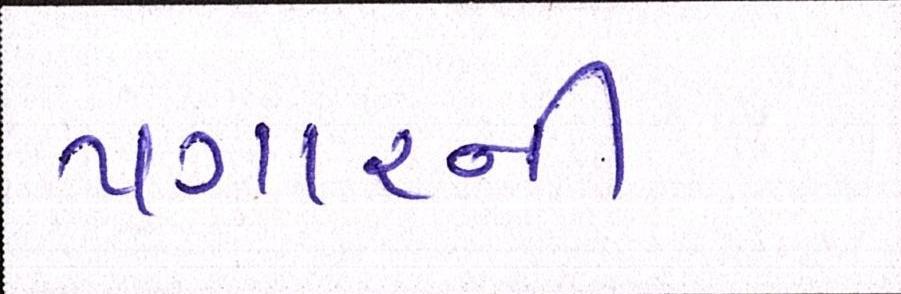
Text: પગારની